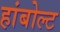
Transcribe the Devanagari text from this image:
हांबोल्ट